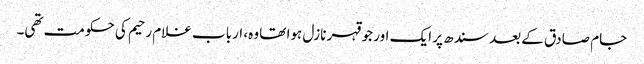
جام صادق کے بعد سندھ پر ایک اور جو قہر نازل ہوا تھا وہ، ارباب غلام رحیم کی حکومت تھی۔